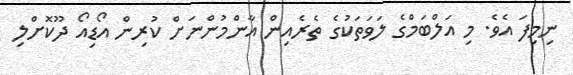
ނިމިފަ އެވެ. މި އަލްބަމްގެ ލަވަތަކުގެ ތެރެއިން އާންމުންނަށް ކުރިން އޯޑިއޯ ދޫކޮށްލި